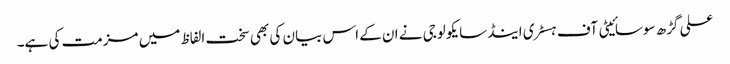
علی گڑھ سوسائیٹی آف ہسٹری اینڈسایکولوجی نے ان کے اس بیان کی بھی سخت الفاظ میں مزمت کی ہے۔